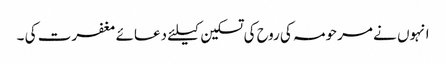
انہوں نے مرحومہ کی روح کی تسکین کیلئے دعائے مغفرت کی ۔